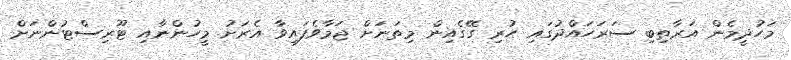
މަހުދީމެން އަރާތިބި ސަރަހައްދުގައި ހުރި ގޭގެއިން މިތަނަށް ޖަމާވެފައިވާ އެރަށު މީހުންނާއި ޓޫރިސްޓުންނަށް